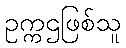
ဥက္ကဌဖြစ်သူ